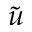
\tilde { u }